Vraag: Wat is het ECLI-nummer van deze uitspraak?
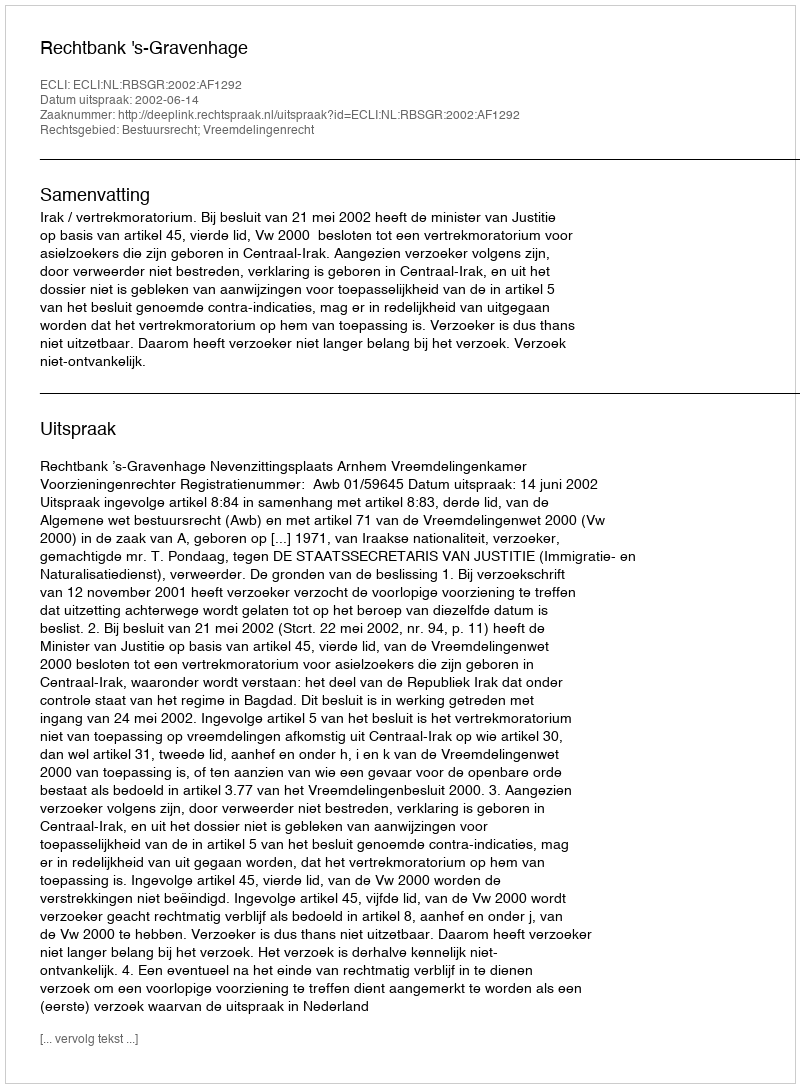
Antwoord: ECLI:NL:RBSGR:2002:AF1292